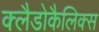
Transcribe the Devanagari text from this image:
क्लैडोकैलिक्स